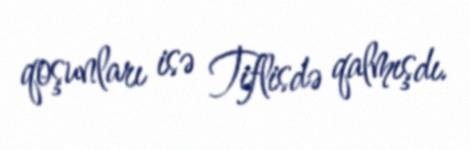
qoşunları isə Tiflisdə qalmışdı.